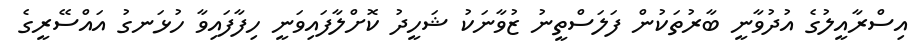
އިސްރާއީލުގެ އުދުވާނީ ބާރުތަކުން ފަލަސްތީނު ޒުވާނަކު ޝަހީދު ކޮށްލާފައިވަނީ ހިފާފައިވާ ހުޅަނގު އައްސޭރީގެ